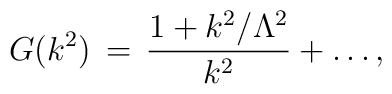
G(k^2)\,=\,\frac{1+k^2/ \Lambda^2}{k^2} +\dots,